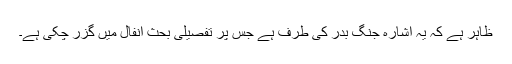
ظاہر ہے کہ یہ اشارہ جنگ بدر کی طرف ہے جس پر تفصیلی بحث انفال میں گزر چکی ہے۔